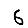
Digit: 6